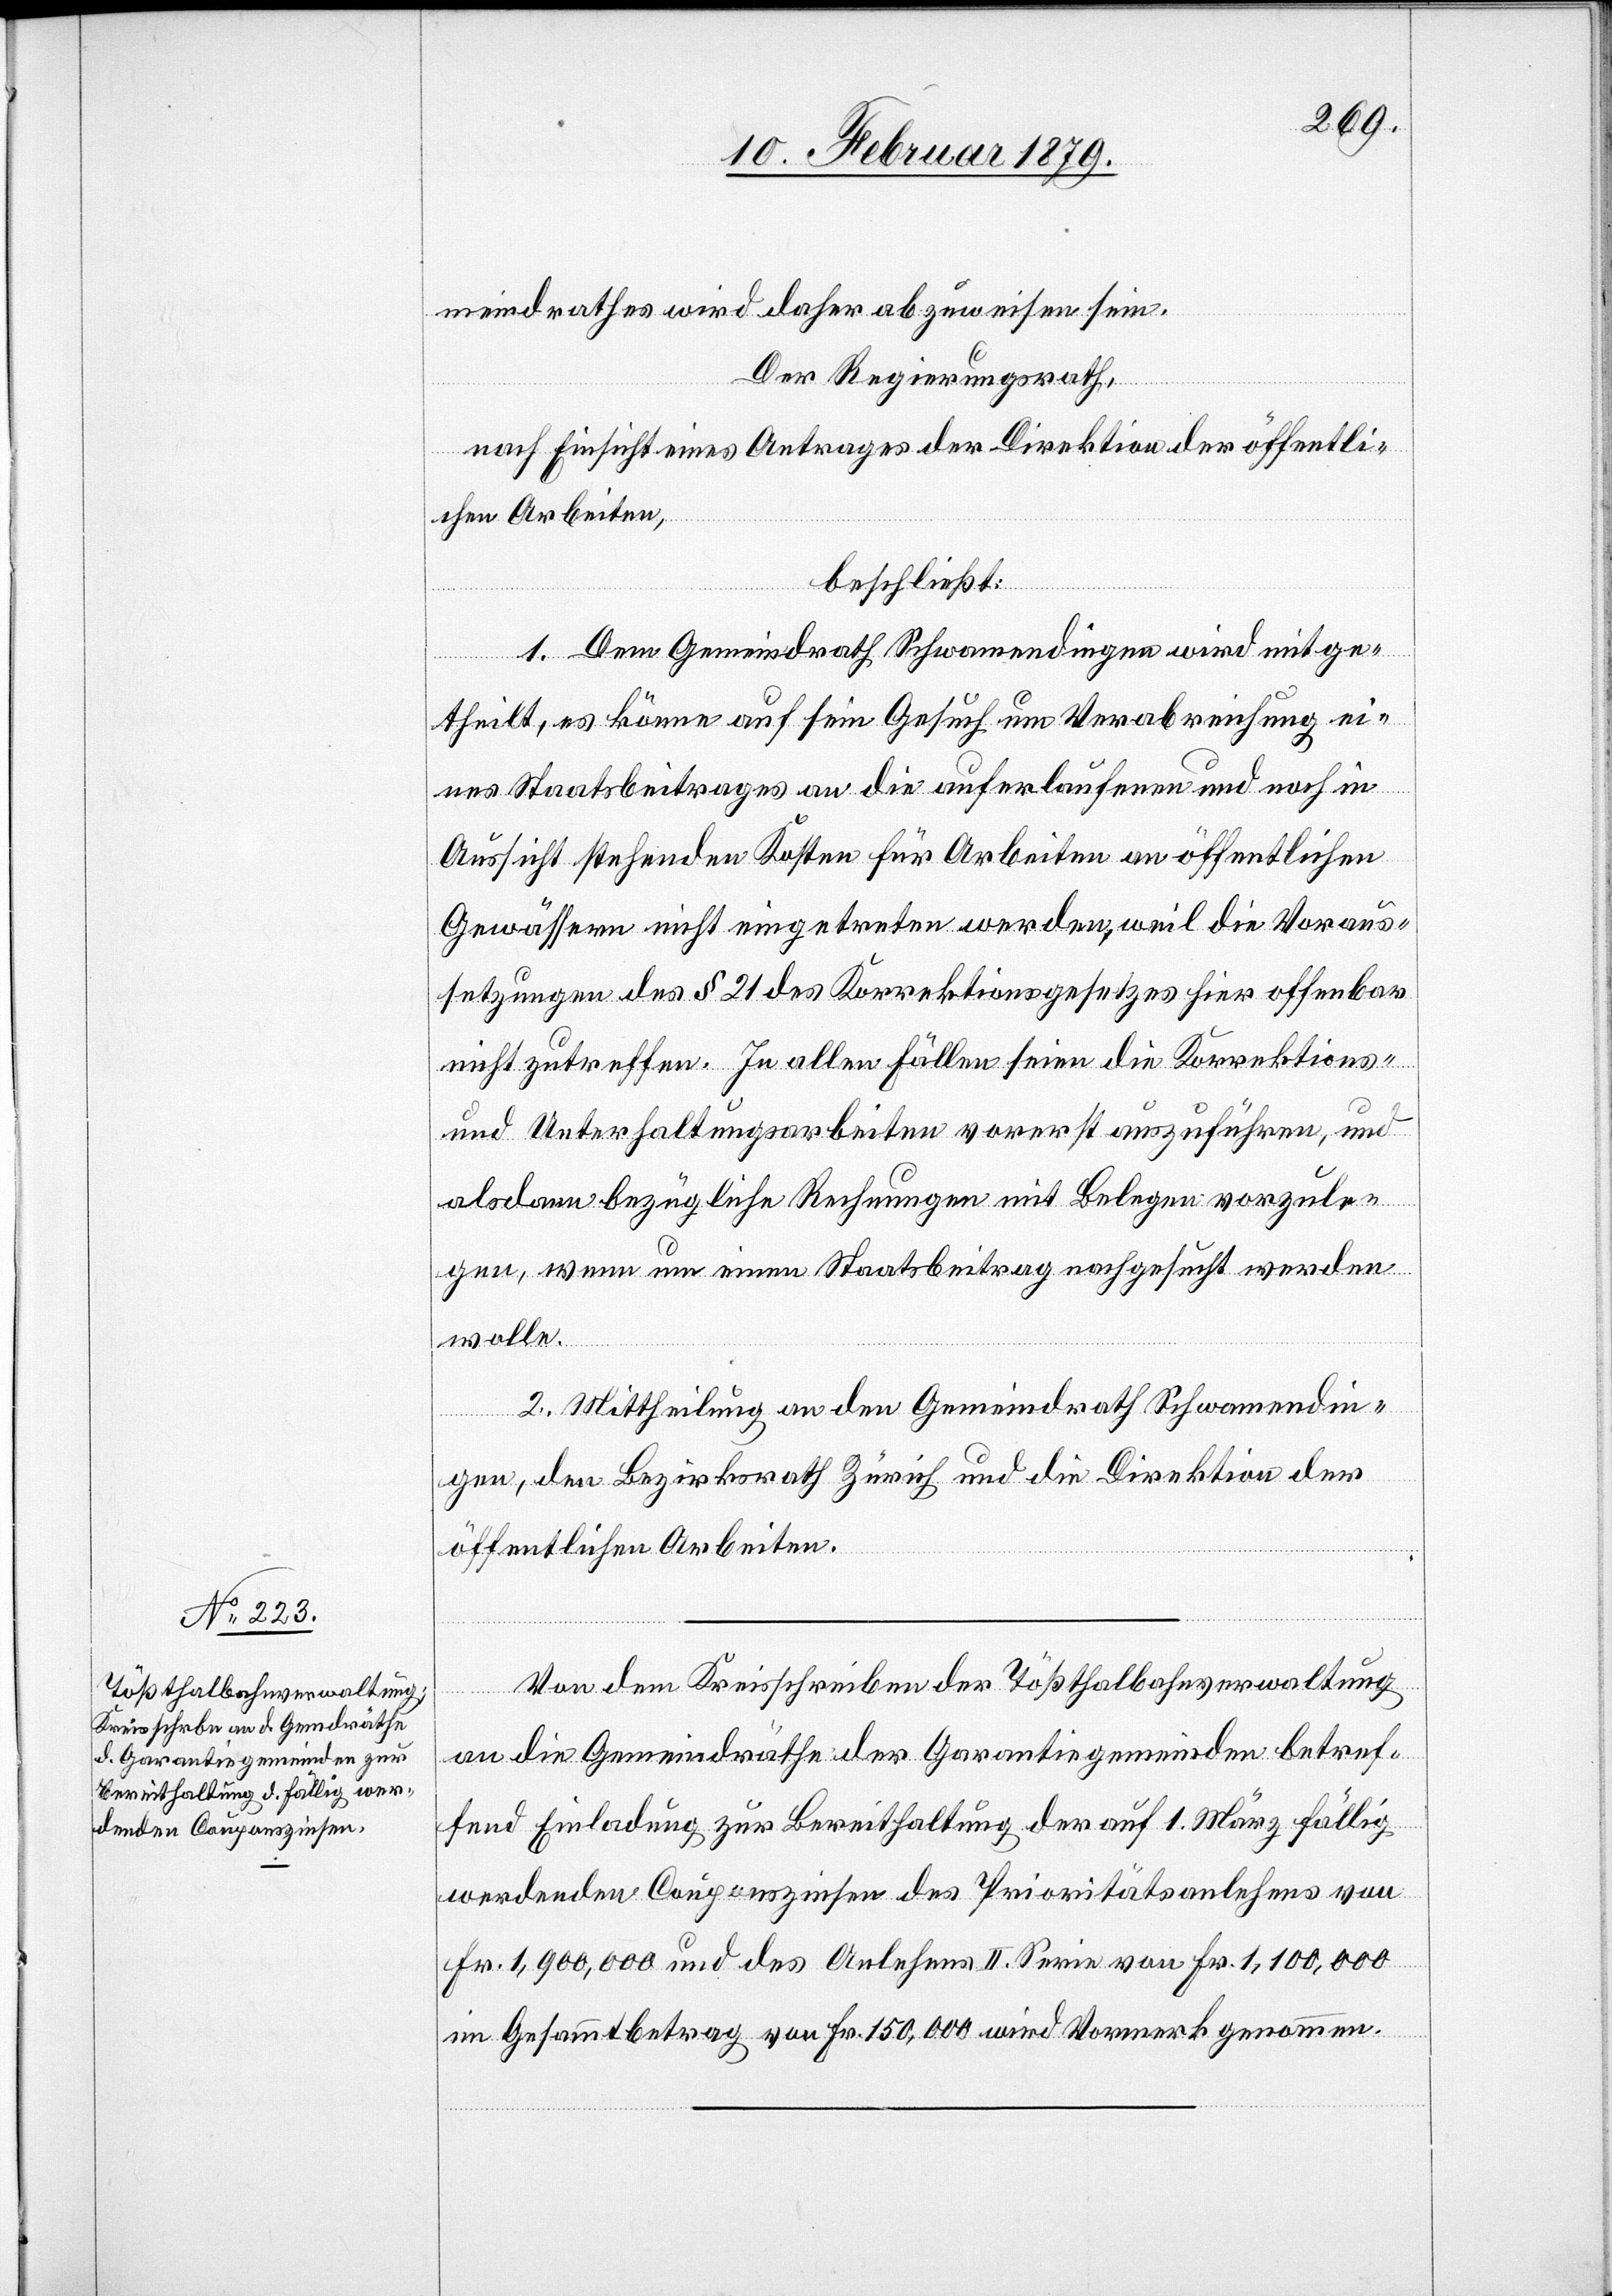
meindrathes wird daher abzuweisen sein.
Der Regierungsrath,
nach Einsicht eines Antrages der Direktion der öffentli¬
chen Arbeiten,
beschließt:
1. Dem Gemeindrath Schwamendingen wird mitge¬
theilt, es könne auf sein Gesuch um Verabreichung ei¬
nes Staatsbeitrages an die auferlaufenen und noch in
Aussicht stehenden Kosten für Arbeiten an öffentlichen
Gewässern nicht eingetreten werden, weil die Voraus¬
setzungen des § 21 des Korrektionsgesetzes hier offenbar
nicht zutreffen. In allen Fällen seien die Korrektions-
und Unterhaltungsarbeiten vorerst auszuführen, und
alsdann bezügliche Rechnungen mit Belegen vorzule¬
gen, wenn um einen Staatsbeitrag nachgesucht werden
wolle.
2. Mittheilung an den Gemeindrath Schwamendin¬
gen, den Bezirksrath Zürich und die Direktion der
öffentlichen Arbeiten.
Von dem Kreisschreiben der Tößthalbahnverwaltung
an die Gemeindräthe der Garantiegemeinden betref¬
fend Einladung zur Bereithaltung der auf 1. März fällig
werdenden Couponszinsen des Prioritätsanlehens von
Fr. 1,900,000 und des Anlehens II. Serie von Fr. 1,100,000
im Gesammtbetrag von Fr. 150,000 wird Vormerk genommen.